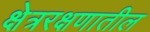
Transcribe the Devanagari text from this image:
क्षेत्ररक्षणातील